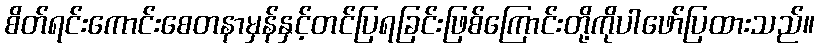
စိတ်ရင်းကောင်းစေတနာမှန်နှင့်တင်ပြရခြင်းဖြစ်ကြောင်းတို့ကိုပါဖော်ပြထားသည်။